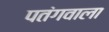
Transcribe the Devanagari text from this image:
पतंगवाला